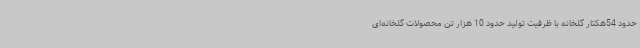
حدود 54هکتار گلخانه با ظرفیت تولید حدود 10 هزار تن محصولات گلخانه‌ای